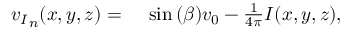
\begin{array} { r l } { { v _ { I } } _ { n } ( x , y , z ) = { } } & { { } \sin { ( \beta ) } v _ { 0 } - \frac { 1 } { 4 \pi } I ( x , y , z ) , } \end{array}